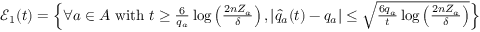
\begin{array} { r } { \mathcal { E } _ { 1 } ( t ) = \left\{ \forall a \in \boldsymbol { A } \ \mathrm { w i t h } \ t \ge \frac { 6 } { q _ { a } } \log \left( \frac { 2 n Z _ { a } } { \delta } \right) , | \hat { q } _ { a } ( t ) - q _ { a } | \le \sqrt { \frac { 6 q _ { a } } { t } \log \left( \frac { 2 n Z _ { a } } { \delta } \right) } \right\} } \end{array}